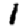
Digit: 1